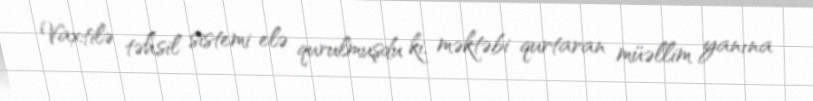
Vaxtilə təhsil sistemi elə qurulmuşdu ki, məktəbi qurtaran müəllim yanına